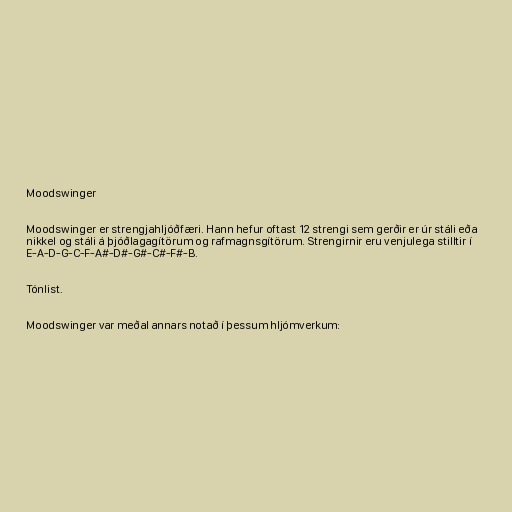
Moodswinger

Moodswinger er strengjahljóðfæri. Hann hefur oftast 12 strengi sem gerðir er úr stáli eða
nikkel og stáli á þjóðlagagítörum og rafmagnsgítörum. Strengirnir eru venjulega stilltir í
E-A-D-G-C-F-A#-D#-G#-C#-F#-B.

Tónlist.

Moodswinger var meðal annars notað í þessum hljómverkum: